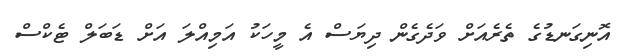
އޮނިގަނޑުގެ ތެރެއަށް ވަދެގެން ދިޔަސް އެ މީހަކު އަމިއްލަ އަށް ޑަބަލް ޓެކްސް